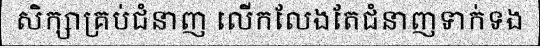
សិក្សាគ្រប់ជំនាញ លើកលែងតែជំនាញទាក់ទង